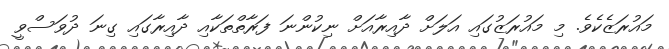
މައުރަޒެކެވެ. މި މައުރަޒުގައި އަލަށް ދާއިރާއަށް ނިކުންނަ ފަރާތްތަކާއި ދާއިރާގައި ގިނަ ދުވަސްވީ